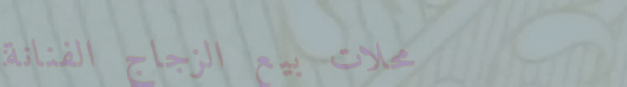
محلات بيع الزجاج الفنانة: